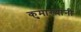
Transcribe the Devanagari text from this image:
कुमारयांनी